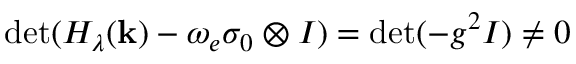
\operatorname* { d e t } ( H _ { \lambda } ( \mathbf k ) - \omega _ { e } \sigma _ { 0 } \otimes I ) = \operatorname* { d e t } ( - g ^ { 2 } I ) \neq 0